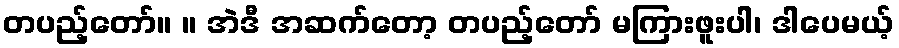
တပည့်တော်။ ။ အဲဒီ အဆက်တော့ တပည့်တော် မကြားဖူးပါ၊ ဒါပေမယ့်